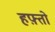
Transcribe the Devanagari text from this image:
हफ़्तो